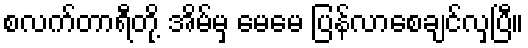
စလက်တာရီတို့ အိမ်မှ မေမေ ပြန်လာစေချင်လှပြီ။